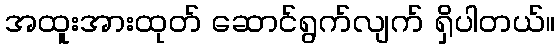
အထူးအားထုတ် ဆောင်ရွက်လျက် ရှိပါတယ်။